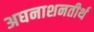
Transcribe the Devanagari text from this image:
अघनाशनतीर्थ